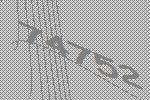
74752